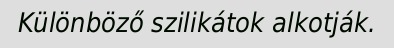
Különböző szilikátok alkotják.